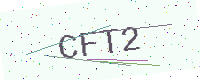
Text: CFT2